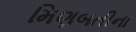
મિણબતીના